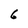
Character: 6